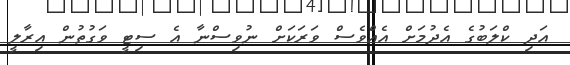
އަދި ކްލަބުގެ އެދުމަށް އެއްވެސް ވަރަކަށް ނުވިސްނާ އެ ސިޓީ ވަގުތުން އިރާލީ